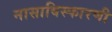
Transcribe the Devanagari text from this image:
नासाविस्फारणी